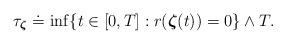
LaTeX: \begin{align*}\tau_{\boldsymbol{\zeta}} \doteq \inf \{t \in [0,T]:r(\boldsymbol{\zeta}(t))=0\} \wedge T.\end{align*}